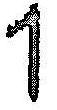
1